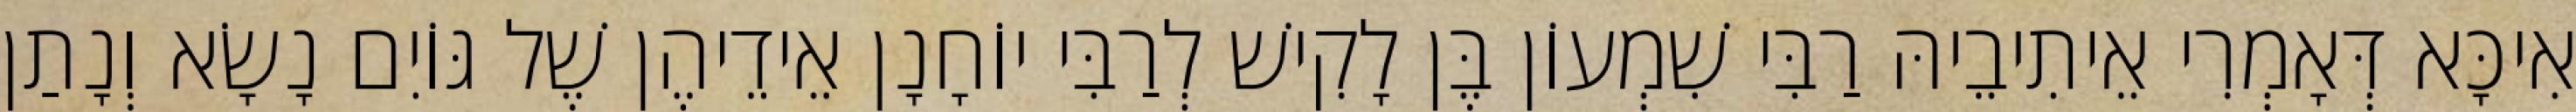
אִיכָּא דְּאָמְרִי אֵיתִיבֵיהּ רַבִּי שִׁמְעוֹן בֶּן לָקִישׁ לְרַבִּי יוֹחָנָן אֵידֵיהֶן שֶׁל גּוֹיִם נָשָׂא וְנָתַן